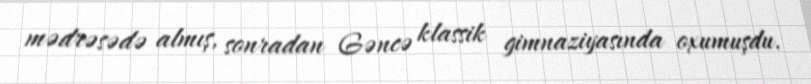
mədrəsədə almış, sonradan Gəncə klassik gimnaziyasında oxumuşdu.